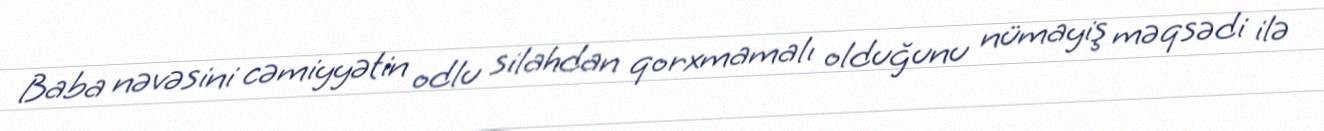
Baba nəvəsini cəmiyyətin odlu silahdan qorxmamalı olduğunu nümayiş məqsədi ilə